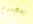
يعجبهم